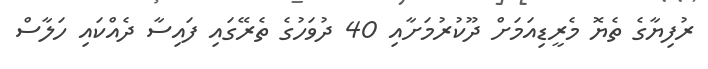
ރުފިޔާގެ ތެޔޮ މެރީޑިއަމަށް ދޫކުރުމަށާއި 40 ދުވަހުގެ ތެރޭގައި ފައިސާ ދެއްކައި ހަލާސް